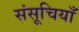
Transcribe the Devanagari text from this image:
संसूचियाँ